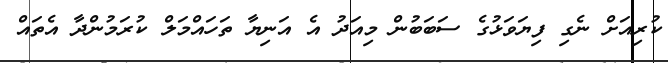
ކުރިއަށް ނެގި ފިޔަވަޅުގެ ސަބަބުން މިއަދު އެ އަނިޔާ ތަހައްމަލް ކުރަމުންދާ އެތައް